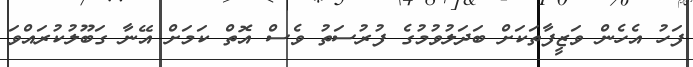
ފަހު އެހެން ވަޒީފާތަކަށް ބަދަލުވުމުގެ ފުރުސަތު ވެސް އޮތް ކަމަށް އޭނާ ގަބޫލުކުރައްވަ